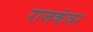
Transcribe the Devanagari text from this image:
राजकंवर